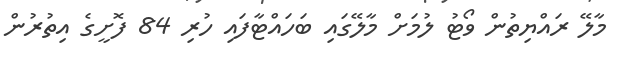
މާލޭ ރައްޔިތުން ވޯޓު ލުމަށް މާލޭގައި ބަހައްޓާފައި ހުރި 84 ފޮށީގެ އިތުރުން